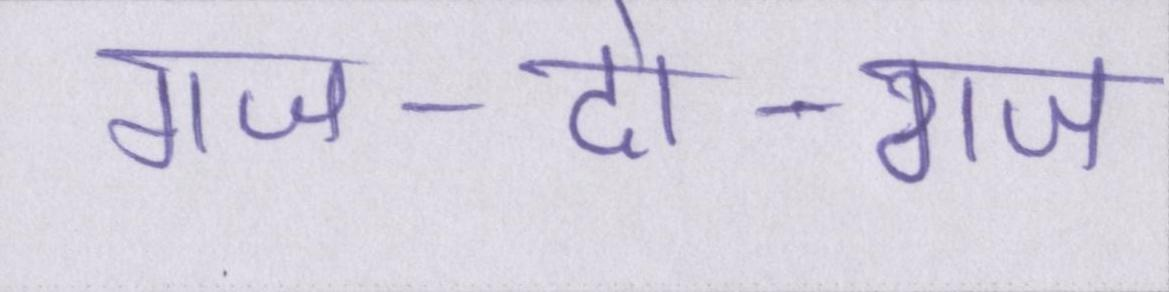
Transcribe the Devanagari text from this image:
गज-दो-गज